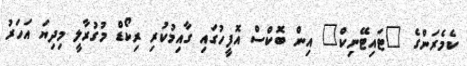
ކެމެރަންގެ "ޓައިޓޭނިކް" އިން ބޮކްސް އޮފީހުގައި ގާއިމުކުރި ރިކޯޑް މުގުރާލީ މިދިޔަ އަހަރު